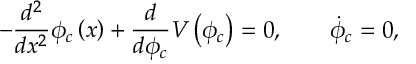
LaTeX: - \frac { d ^ { 2 } } { d x ^ { 2 } } \phi _ { c } \left( x \right) + \frac { d } { d \phi _ { c } } V \left( \phi _ { c } \right) = 0 , \qquad \dot { \phi } _ { c } = 0 ,